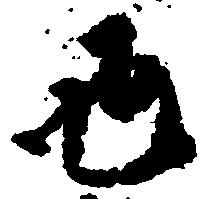
也